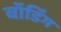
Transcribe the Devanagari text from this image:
बॉर्डिंग